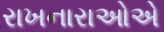
રાખનારાઓએ